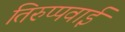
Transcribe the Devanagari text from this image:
तिरुप्पवाई